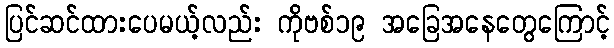
ပြင်ဆင်ထားပေမယ့်လည်း ကိုဗစ်၁၉ အခြေအနေတွေကြောင့်